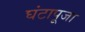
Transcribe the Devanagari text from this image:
घंटापूजा